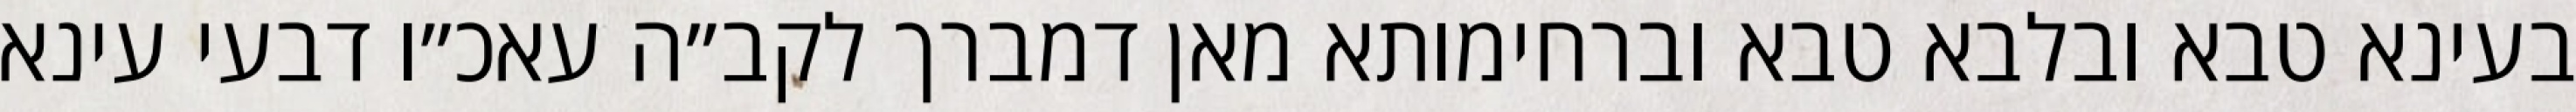
בעינא טבא ובלבא טבא וברחימותא מאן דמברך לקב״ה עאכ״ו דבעי עינא